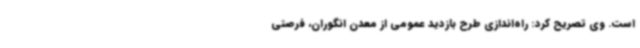
است. وی تصریح کرد: راه‌اندازی طرح بازدید عمومی از معدن انگوران، فرصتی